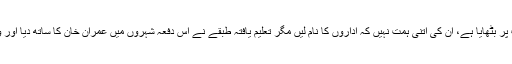
سیاست دان اداروں کا نام نہیں لیتے، بس کہتے ہیں کہ اداروں نے انہیں اس منصب پر بٹھایا ہے، ان کی اتنی ہمت نہیں کہ اداروں کا نام لیں مگر تعلیم یافتہ طبقے نے اس دفعہ شہروں میں عمران خان کا ساتھ دیا اور وہ سادہ اکثریت سے جیت گئے، ان شہروں میں کراچی اور حیدرآباد بھی شامل ہیں۔